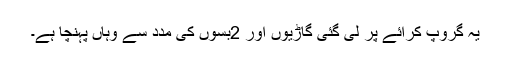
یہ گروپ کرائے پر لی گئی گاڑیوں اور 2بسوں کی مدد سے وہاں پہنچا ہے۔